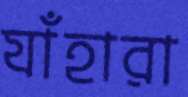
যাঁহারা